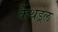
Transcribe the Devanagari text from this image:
कैथड्रेल